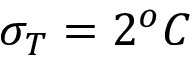
\sigma _ { T } = 2 ^ { o } C